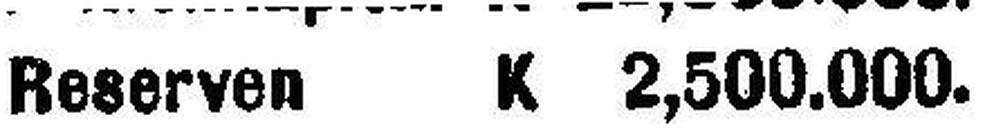
Reserven K 2,500.000.